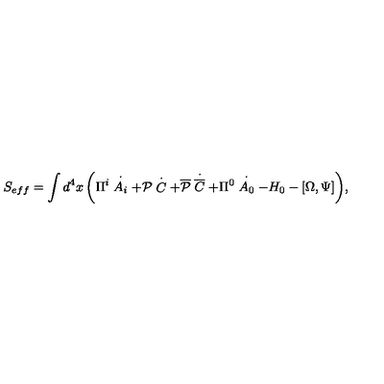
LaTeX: S _ { e f f } = \int { d ^ { 4 } x \left( { \Pi ^ { i } \stackrel { \bf { \cdot } } { A _ { i } } + { \cal P } \stackrel { \bf { \cdot } } { C } + { \overline { { \cal P } } } \stackrel { \bf { \cdot } } { \overline { C } } + \Pi ^ { 0 } \stackrel { \bf { \cdot } } { A _ { 0 } } - H _ { 0 } - \left[ { \Omega , \Psi } \right] } \right) } ,